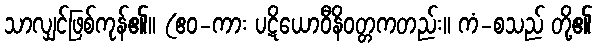
သာလျှင်ဖြစ်ကုန်၏။ (ဧဝ-ကား ပဋိယောဝီနိဝတ္တကတည်း။ ကံ-စသည် တို့၏